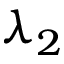
\lambda _ { 2 }